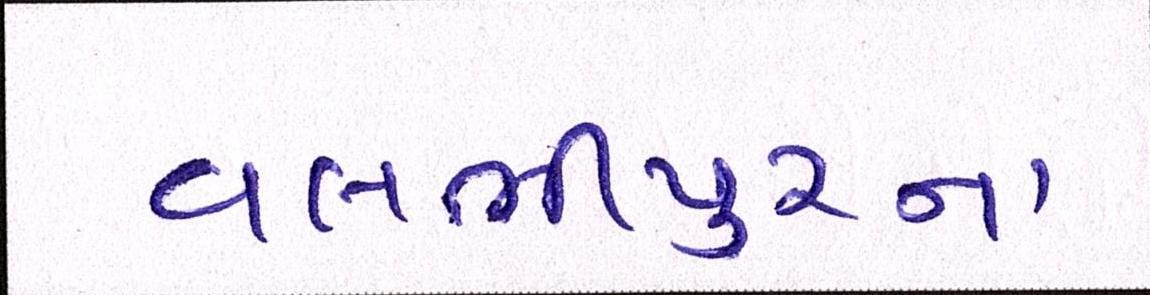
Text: વલભીપુરના